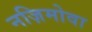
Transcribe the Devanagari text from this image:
नज़िमोवा